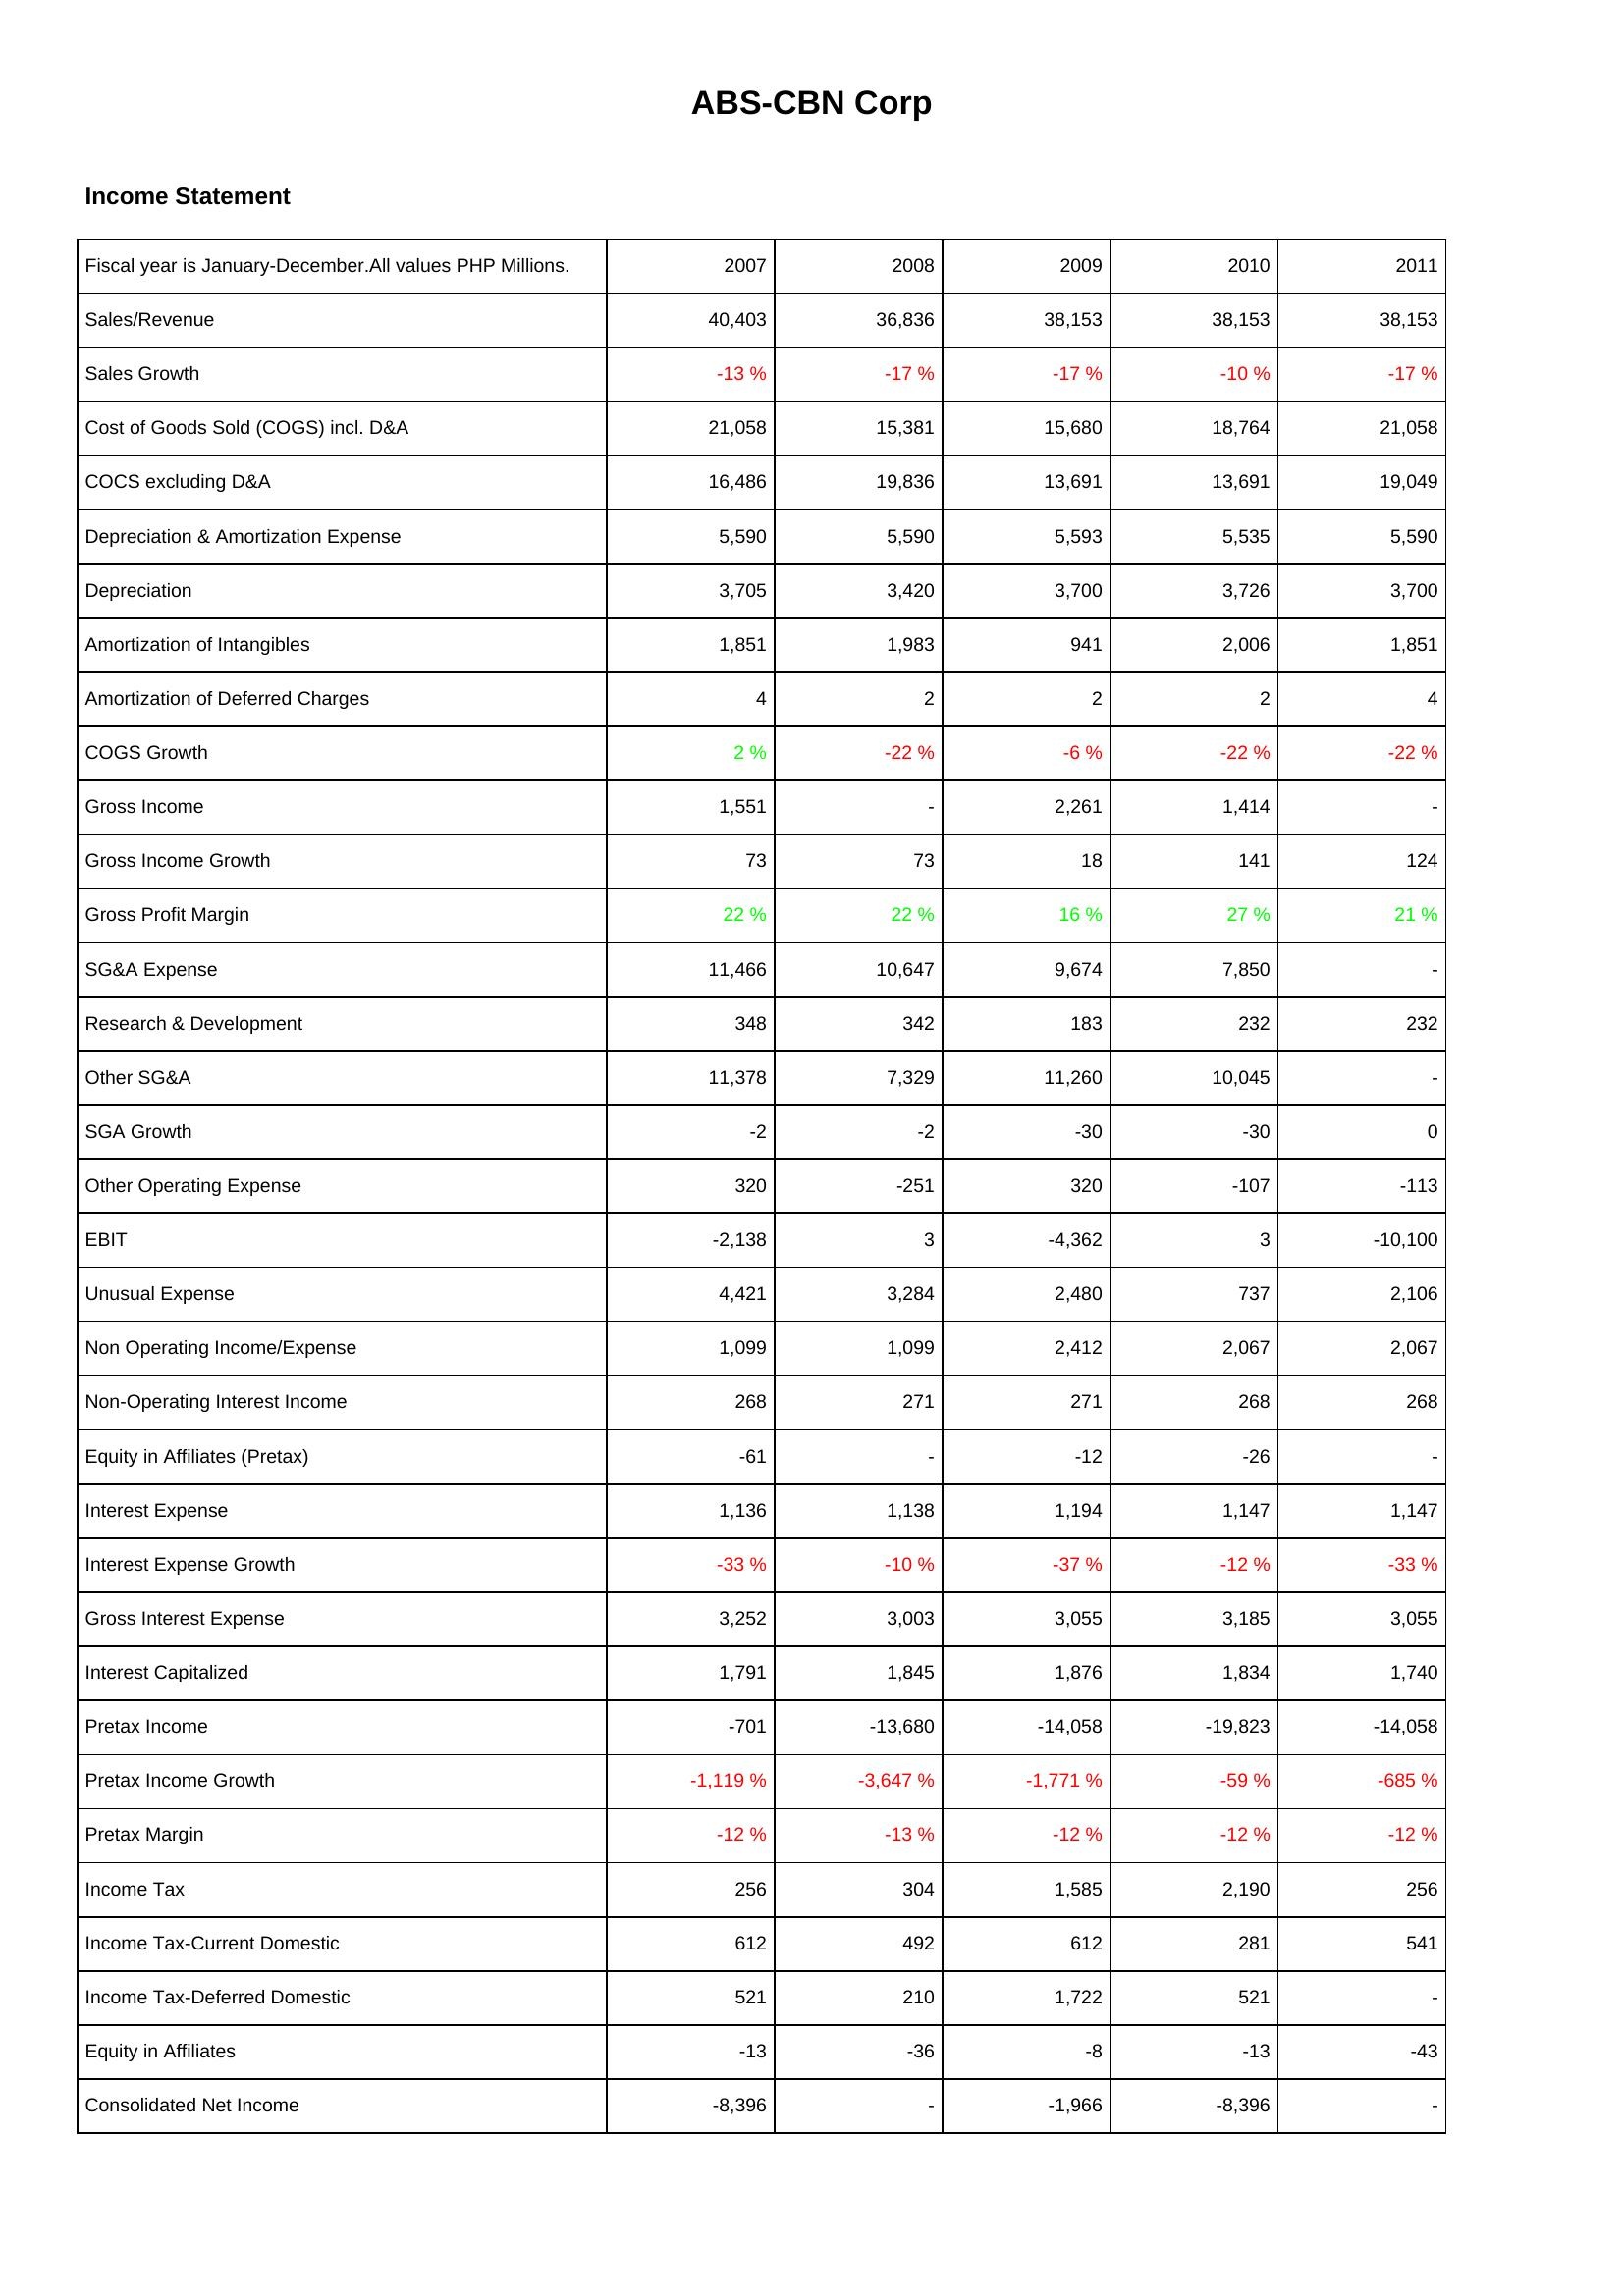
2007: Income Statement: Sales/Revenue: 40,403
Sales Growth: -13 %
Cost of Goods Sold (COGS) incl. D&A: 21,058
COCS excluding D&A: 16,486
Depreciation & Amortization Expense: 5,590
Depreciation: 3,705
Amortization of Intangibles: 1,851
Amortization of Deferred Charges: 4
COGS Growth: 2 %
Gross Income: 1,551
Gross Income Growth: 73
Gross Profit Margin: 22 %
SG&A Expense: 11,466
Research & Development: 348
Other SG&A: 11,378
SGA Growth: -2
Other Operating Expense: 320
EBIT: -2,138
Unusual Expense: 4,421
Non Operating Income/Expense: 1,099
Non-Operating Interest Income: 268
Equity in Affiliates (Pretax): -61
Interest Expense: 1,136
Interest Expense Growth: -33 %
Gross Interest Expense: 3,252
Interest Capitalized: 1,791
Pretax Income: -701
Pretax Income Growth: -1,119 %
Pretax Margin: -12 %
Income Tax: 256
Income Tax-Current Domestic: 612
Income Tax-Deferred Domestic: 521
Equity in Affiliates: -13
Consolidated Net Income: -8,396
2008: Income Statement: Sales/Revenue: 36,836
Sales Growth: -17 %
Cost of Goods Sold (COGS) incl. D&A: 15,381
COCS excluding D&A: 19,836
Depreciation & Amortization Expense: 5,590
Depreciation: 3,420
Amortization of Intangibles: 1,983
Amortization of Deferred Charges: 2
COGS Growth: -22 %
Gross Income: -
Gross Income Growth: 73
Gross Profit Margin: 22 %
SG&A Expense: 10,647
Research & Development: 342
Other SG&A: 7,329
SGA Growth: -2
Other Operating Expense: -251
EBIT: 3
Unusual Expense: 3,284
Non Operating Income/Expense: 1,099
Non-Operating Interest Income: 271
Equity in Affiliates (Pretax): -
Interest Expense: 1,138
Interest Expense Growth: -10 %
Gross Interest Expense: 3,003
Interest Capitalized: 1,845
Pretax Income: -13,680
Pretax Income Growth: -3,647 %
Pretax Margin: -13 %
Income Tax: 304
Income Tax-Current Domestic: 492
Income Tax-Deferred Domestic: 210
Equity in Affiliates: -36
Consolidated Net Income: -
2009: Income Statement: Sales/Revenue: 38,153
Sales Growth: -17 %
Cost of Goods Sold (COGS) incl. D&A: 15,680
COCS excluding D&A: 13,691
Depreciation & Amortization Expense: 5,593
Depreciation: 3,700
Amortization of Intangibles: 941
Amortization of Deferred Charges: 2
COGS Growth: -6 %
Gross Income: 2,261
Gross Income Growth: 18
Gross Profit Margin: 16 %
SG&A Expense: 9,674
Research & Development: 183
Other SG&A: 11,260
SGA Growth: -30
Other Operating Expense: 320
EBIT: -4,362
Unusual Expense: 2,480
Non Operating Income/Expense: 2,412
Non-Operating Interest Income: 271
Equity in Affiliates (Pretax): -12
Interest Expense: 1,194
Interest Expense Growth: -37 %
Gross Interest Expense: 3,055
Interest Capitalized: 1,876
Pretax Income: -14,058
Pretax Income Growth: -1,771 %
Pretax Margin: -12 %
Income Tax: 1,585
Income Tax-Current Domestic: 612
Income Tax-Deferred Domestic: 1,722
Equity in Affiliates: -8
Consolidated Net Income: -1,966
2010: Income Statement: Sales/Revenue: 38,153
Sales Growth: -10 %
Cost of Goods Sold (COGS) incl. D&A: 18,764
COCS excluding D&A: 13,691
Depreciation & Amortization Expense: 5,535
Depreciation: 3,726
Amortization of Intangibles: 2,006
Amortization of Deferred Charges: 2
COGS Growth: -22 %
Gross Income: 1,414
Gross Income Growth: 141
Gross Profit Margin: 27 %
SG&A Expense: 7,850
Research & Development: 232
Other SG&A: 10,045
SGA Growth: -30
Other Operating Expense: -107
EBIT: 3
Unusual Expense: 737
Non Operating Income/Expense: 2,067
Non-Operating Interest Income: 268
Equity in Affiliates (Pretax): -26
Interest Expense: 1,147
Interest Expense Growth: -12 %
Gross Interest Expense: 3,185
Interest Capitalized: 1,834
Pretax Income: -19,823
Pretax Income Growth: -59 %
Pretax Margin: -12 %
Income Tax: 2,190
Income Tax-Current Domestic: 281
Income Tax-Deferred Domestic: 521
Equity in Affiliates: -13
Consolidated Net Income: -8,396
2011: Income Statement: Sales/Revenue: 38,153
Sales Growth: -17 %
Cost of Goods Sold (COGS) incl. D&A: 21,058
COCS excluding D&A: 19,049
Depreciation & Amortization Expense: 5,590
Depreciation: 3,700
Amortization of Intangibles: 1,851
Amortization of Deferred Charges: 4
COGS Growth: -22 %
Gross Income: -
Gross Income Growth: 124
Gross Profit Margin: 21 %
SG&A Expense: -
Research & Development: 232
Other SG&A: -
SGA Growth: 0
Other Operating Expense: -113
EBIT: -10,100
Unusual Expense: 2,106
Non Operating Income/Expense: 2,067
Non-Operating Interest Income: 268
Equity in Affiliates (Pretax): -
Interest Expense: 1,147
Interest Expense Growth: -33 %
Gross Interest Expense: 3,055
Interest Capitalized: 1,740
Pretax Income: -14,058
Pretax Income Growth: -685 %
Pretax Margin: -12 %
Income Tax: 256
Income Tax-Current Domestic: 541
Income Tax-Deferred Domestic: -
Equity in Affiliates: -43
Consolidated Net Income: -